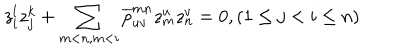
z _ { i } ^ { l } z _ { j } ^ { k } + \sum _ { m < n , m < i } \overline { { { p } } } _ { u v } ^ { m n } z _ { m } ^ { u } z _ { n } ^ { v } = 0 , ( 1 \leq j < i \leq n )